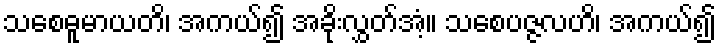
သစေဓူမာယတိ၊ အကယ်၍ အခိုးလွှတ်အံ့။ သစေပဇ္ဇလဟိ၊ အကယ်၍